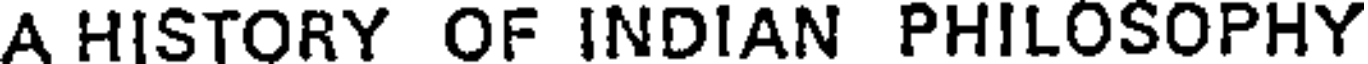
A HISTORY OF INDIAN PHILOSOPHY